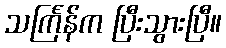
သင်္ကြန်က ပြီးသွားပြီ။